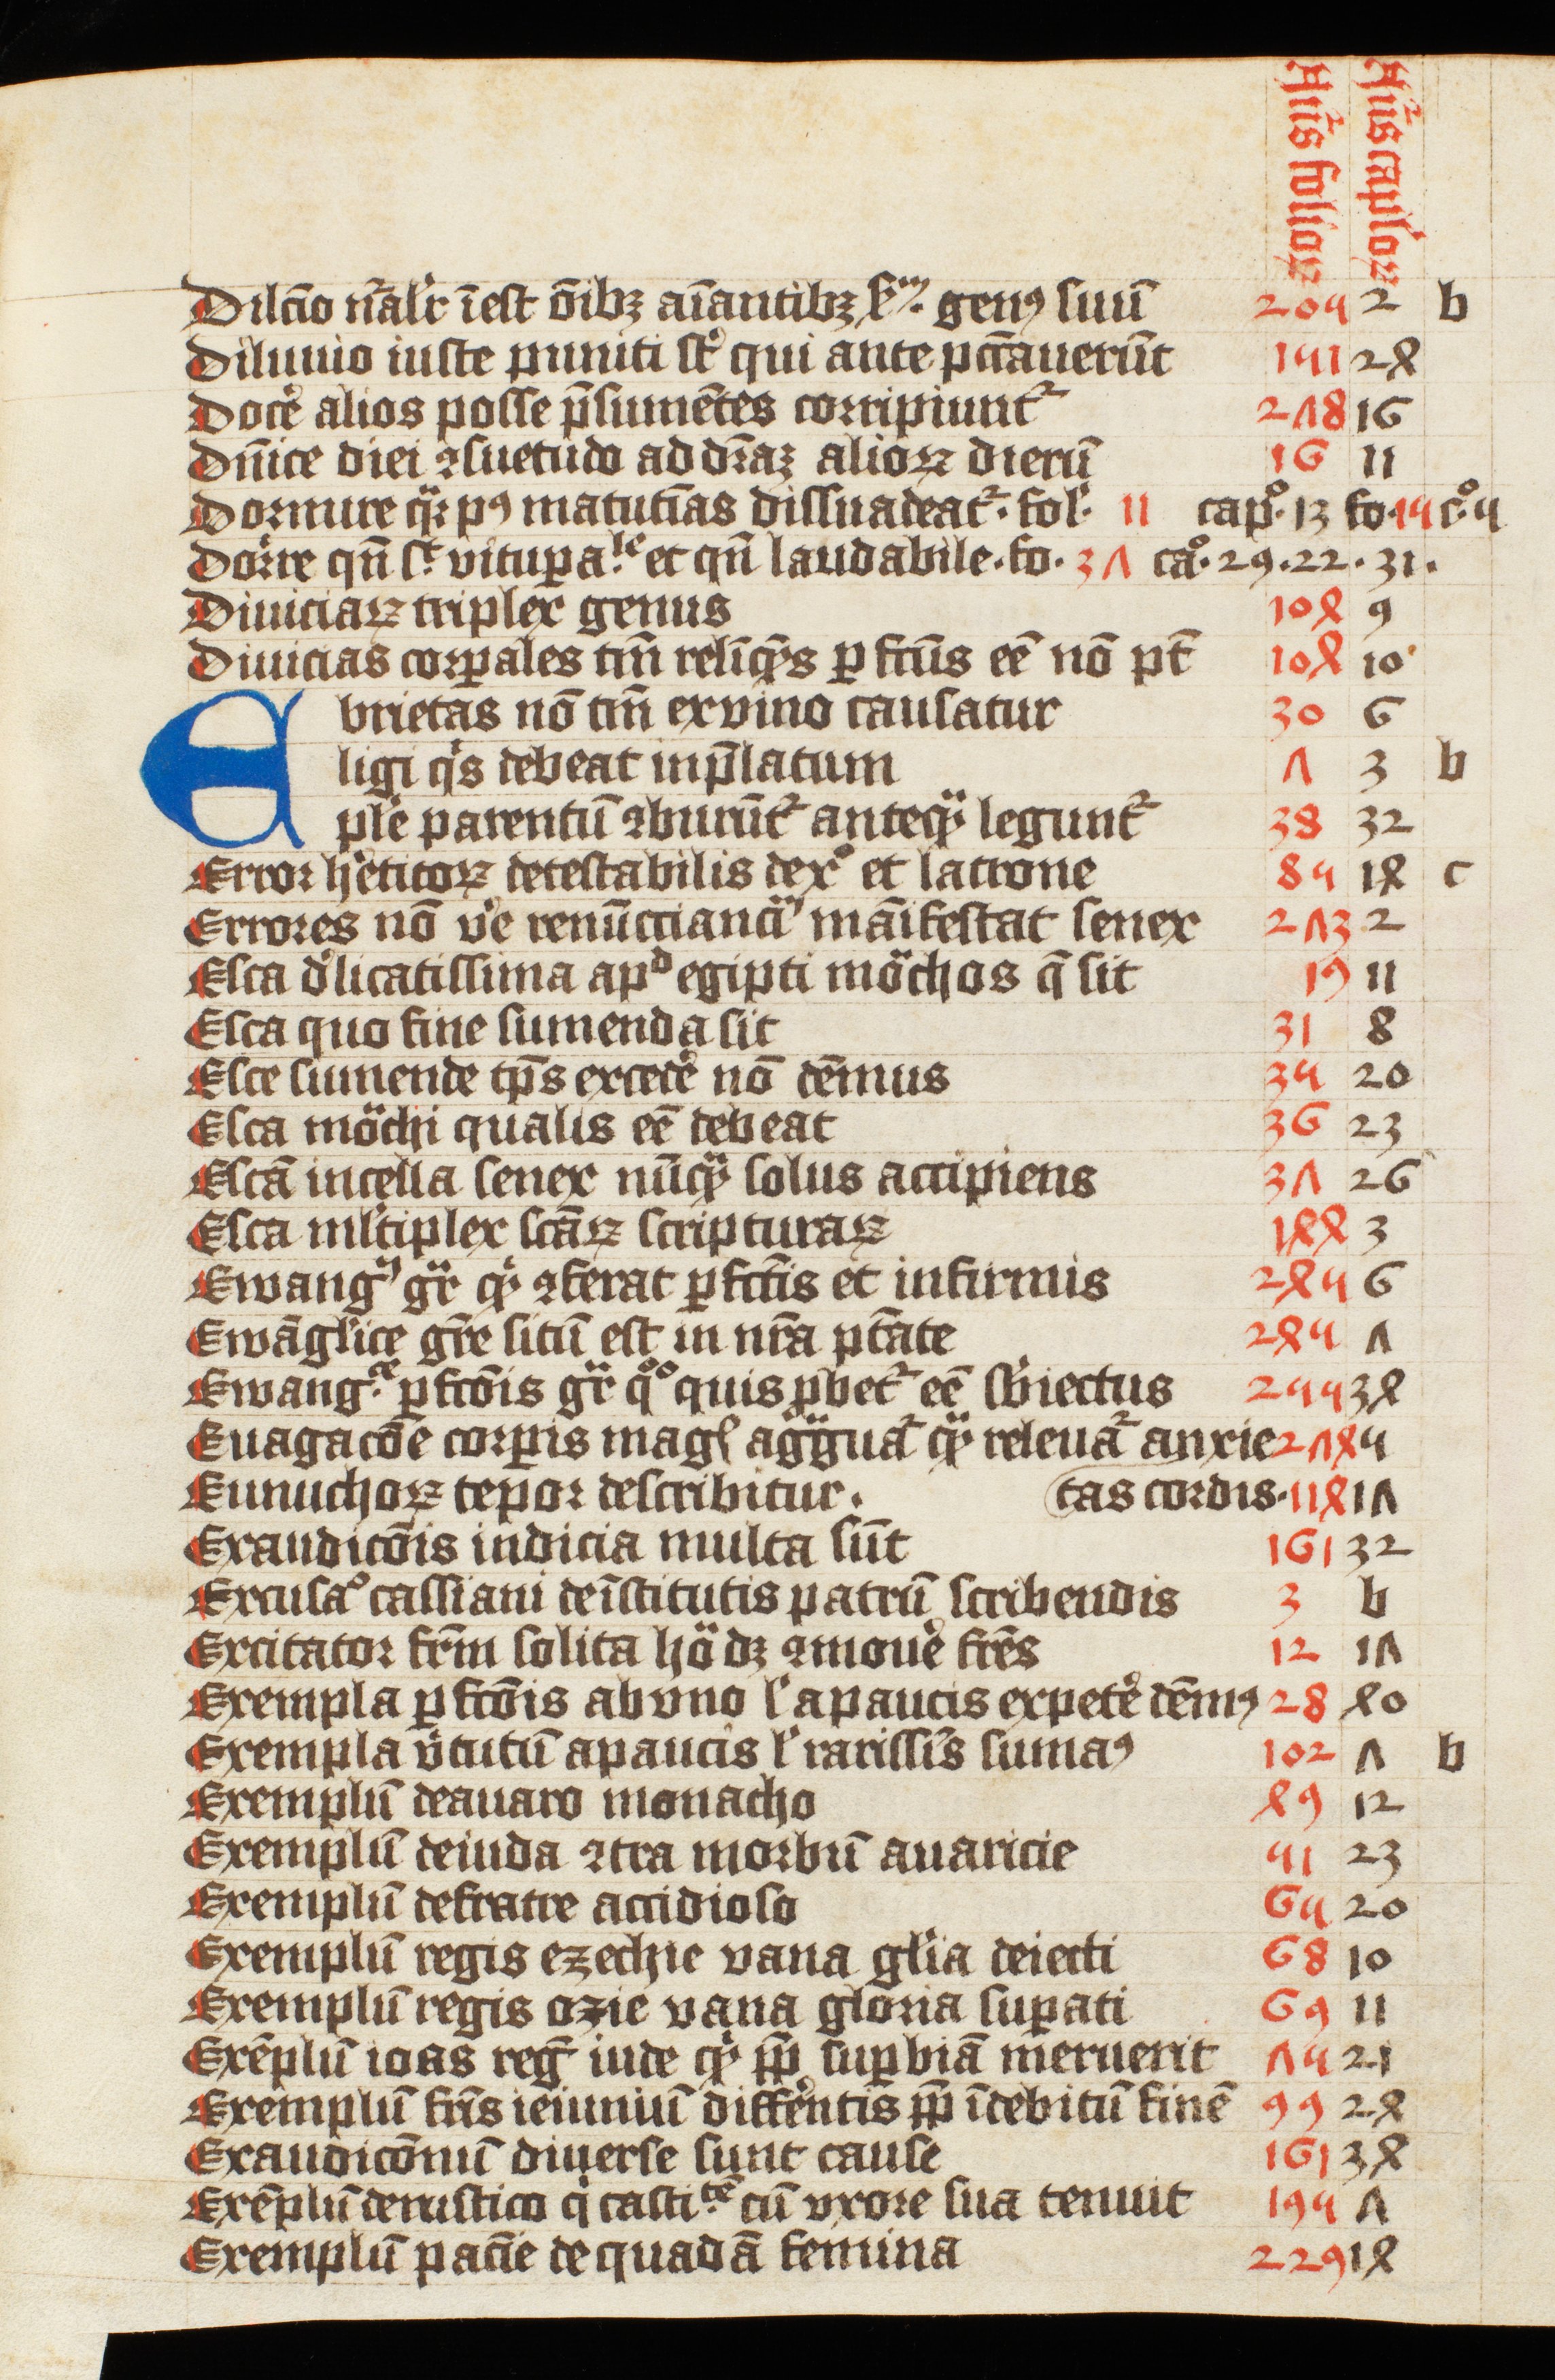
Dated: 1425–1425